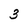
Character: 3